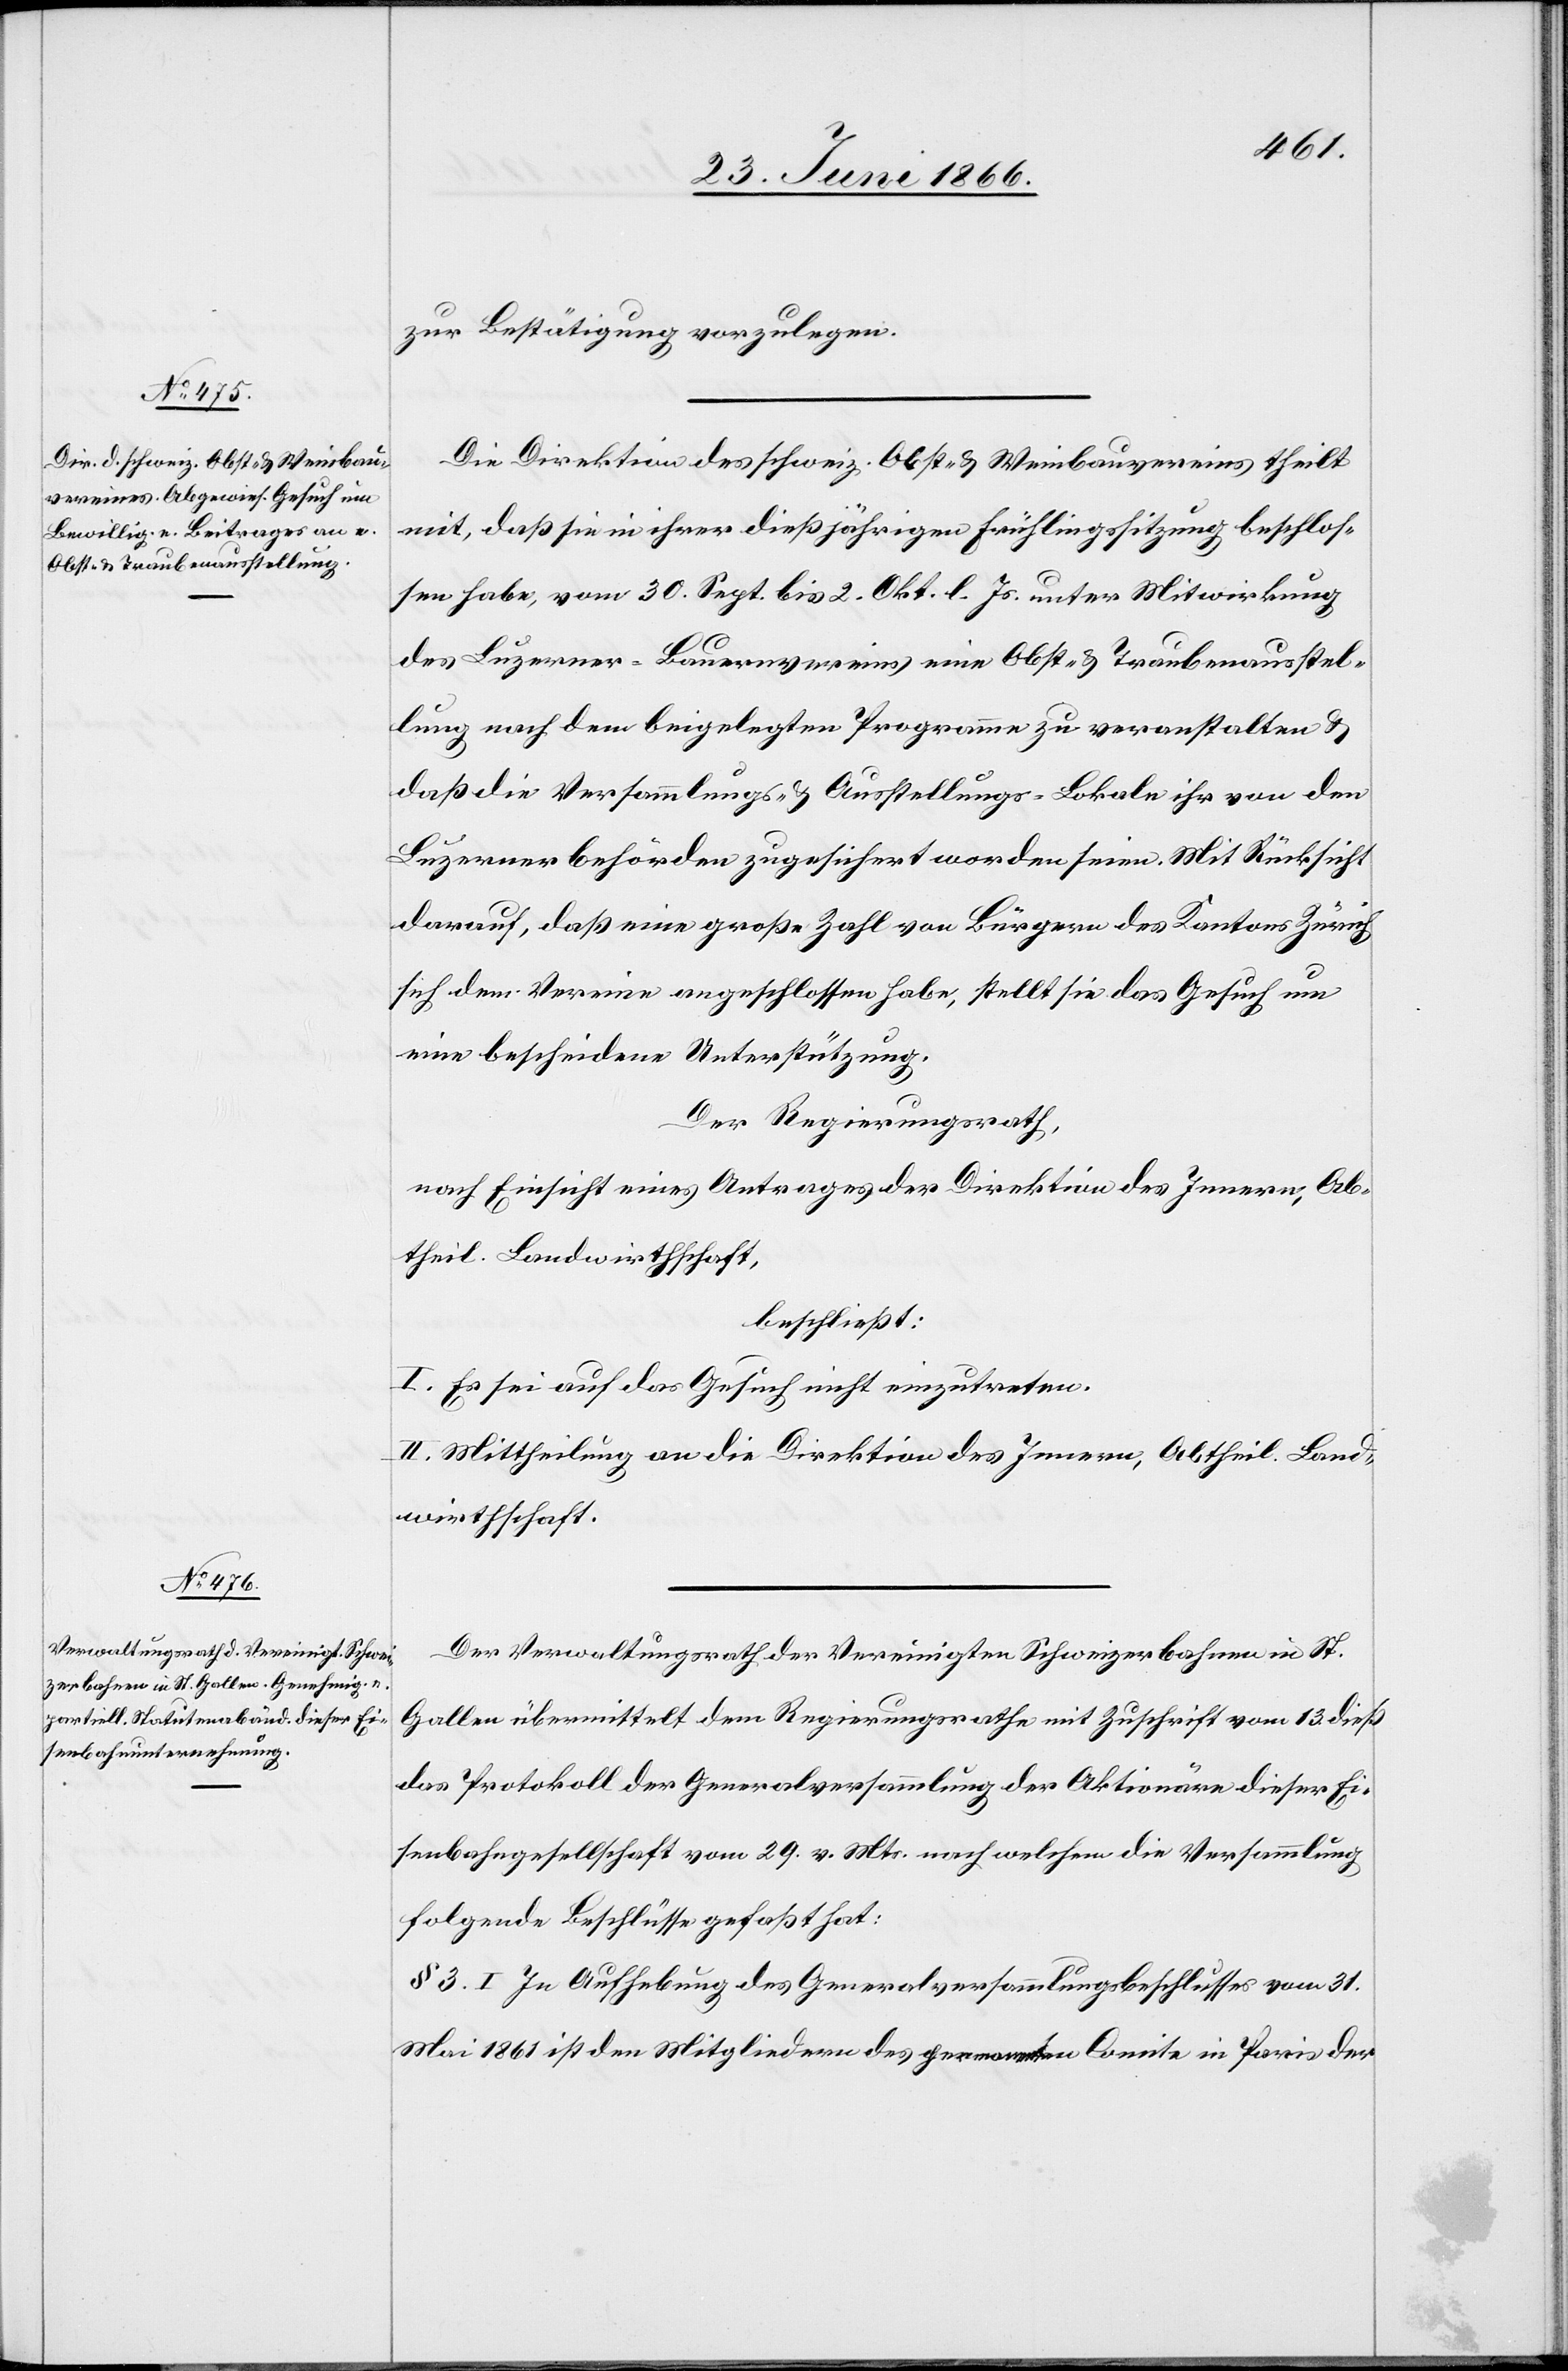
zur Bestätigung vorzulegen.
Die Direktion des schweiz. Obst- u. Weinbauvereins theilt
mit, daß sie in ihrer dießjährigen Frühlingssitzung beschlos¬
sen habe, vom 30. Sept. bis 2. Okt. l. Js. unter Mitwirkung
des Luzerner-Bauernvereins eine Obst- u. Traubenausstel¬
lung nach dem beigelegten Programme zu veranstalten u.
daß die Versammlungs- u. Ausstellungs-Lokale ihr von den
Luzerner Behörden zugesichert worden seien. Mit Rücksicht
darauf, daß eine große Zahl von Bürgern des Kantons Zürich
sich dem Vereine angeschlossen habe, stellt sie das Gesuch um
eine bescheidene Unterstützung.
Der Regierungsrath,
nach Einsicht eines Antrages der Direktion des Innern, Ab¬
theil. Landwirthschaft,
beschließt:
I. Es sei auf das Gesuch nicht einzutreten.
II. Mittheilung an die Direktion des Innern, Abtheil. Land¬
wirthschaft.